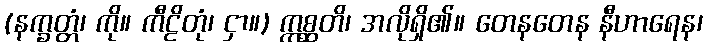
(နက္ခတ္တံ၊ ကို။ ကီဠိတုံ၊ ငှာ။) ဣစ္ဆတိ၊ အလိုရှိ၏။ တေနတေန နီဟာရေန၊